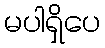
မပါရှိပေ